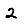
Digit: 2